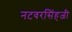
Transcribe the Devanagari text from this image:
नटवरसिंहजी